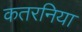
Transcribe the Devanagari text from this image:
कतरनिया